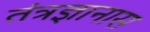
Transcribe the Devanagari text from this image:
तंत्रज्ञानास